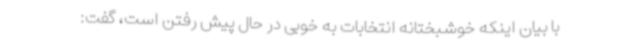
با بیان اینکه خوشبختانه انتخابات به خوبی در حال پیش رفتن است، گفت: